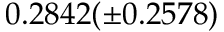
0 . 2 8 4 2 ( \pm 0 . 2 5 7 8 )